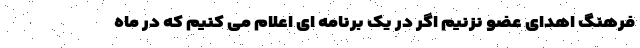
فرهنگ اهدای عضو نزنیم اگر در یک برنامه ای اعلام می کنیم که در ماه